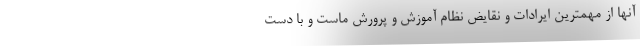
آنها از مهمترین ایرادات و نقایض نظام آموزش و پرورش ماست و با دست